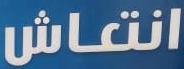
انتعاش